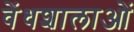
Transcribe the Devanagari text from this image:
वेंधशालाओं